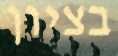
בציון